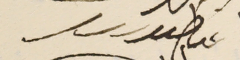
اغناطىوس